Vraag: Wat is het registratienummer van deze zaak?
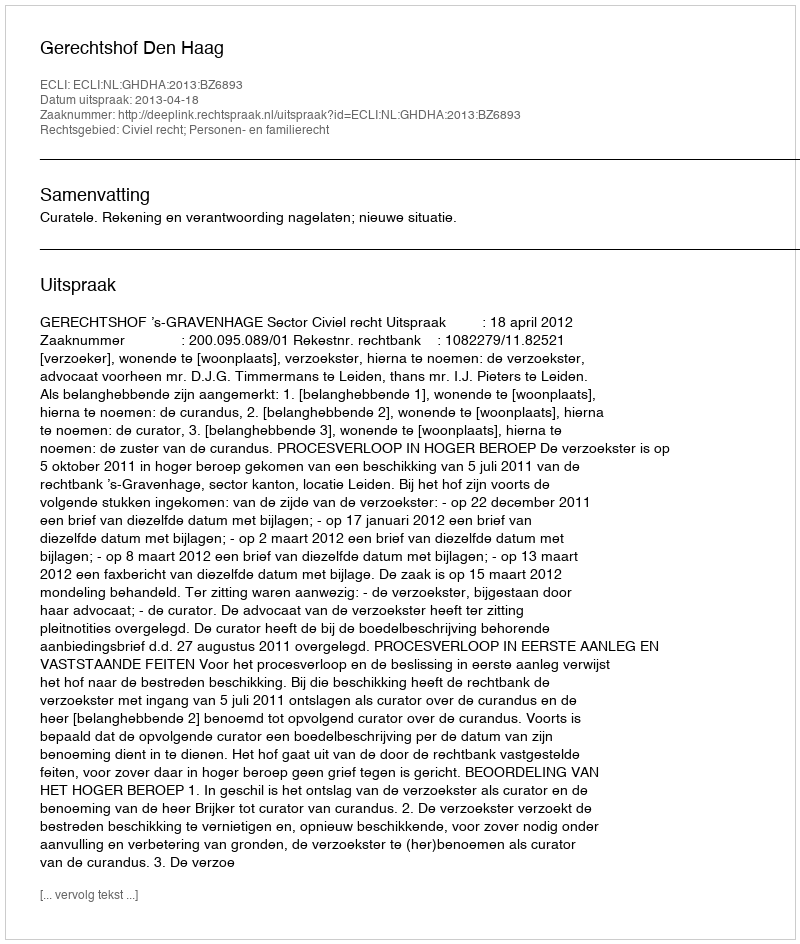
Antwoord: http://deeplink.rechtspraak.nl/uitspraak?id=ECLI:NL:GHDHA:2013:BZ6893